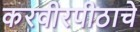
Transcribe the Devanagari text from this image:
करवीरपीठाचे